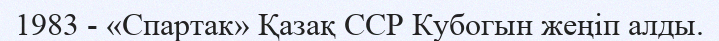
1983 - «Спартак» Қазақ ССР Кубогын жеңіп алды.